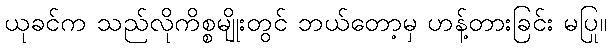
ယုခင်က သည်လိုကိစ္စမျိုးတွင် ဘယ်တော့မှ ဟန့်တားခြင်း မပြု။